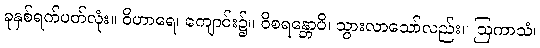
ခုနှစ်ရက်ပတ်လုံး။ ဝိဟာရေ၊ ကျောင်း၌။ ဝိစရန္တောပိ၊ သွားလာသော်လည်း။ ဩကာသံ၊